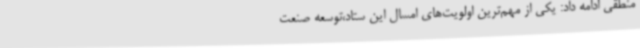
منطقی ادامه داد: یکی از مهم‌ترین اولویت‌های امسال این ستاد،توسعه صنعت